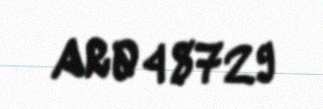
AR048729